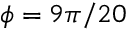
\phi = 9 \pi / 2 0